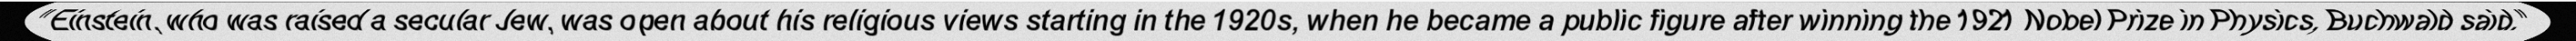
"Einstein, who was raised a secular Jew, was open about his religious views starting in the 1920s, when he became a public figure after winning the 1921 Nobel Prize in Physics, Buchwald said."